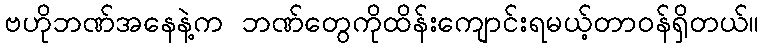
ဗဟိုဘဏ်အနေနဲ့က ဘဏ်တွေကိုထိန်းကျောင်းရမယ့်တာဝန်ရှိတယ်။